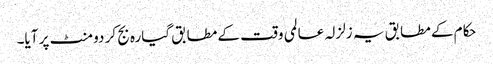
حکام کے مطابق یہ زلزلہ عالمی وقت کے مطابق گیارہ بج کر دو منٹ پر آیا۔